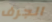
الجرف